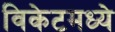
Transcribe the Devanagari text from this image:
विकेटमध्ये